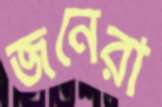
জনেরা